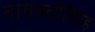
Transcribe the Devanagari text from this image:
नागमतीविरह